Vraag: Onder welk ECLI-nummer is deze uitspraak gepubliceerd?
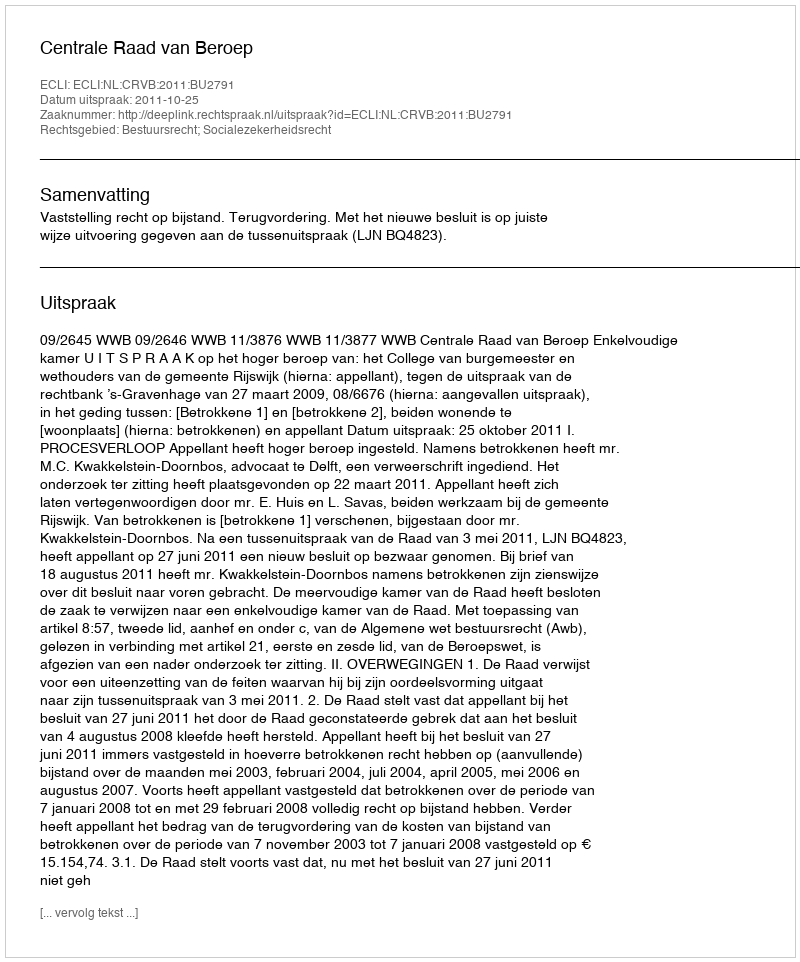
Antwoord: ECLI:NL:CRVB:2011:BU2791